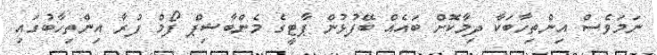
ނަމަވެސް އިންތިހާބަކާ ދިމާކޮށް ބައެއް ބޭފުޅުން ޕާޓީގެ މެންބާޝިޕް ފޯމް ފުރާ އިންތިހާބުގައި